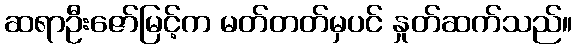
ဆရာဦးဇော်မြင့်က မတ်တတ်မှပင် နှုတ်ဆက်သည်။